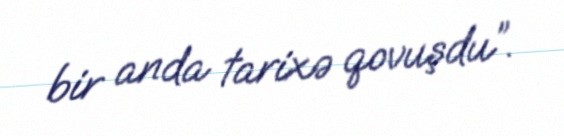
bir anda tarixə qovuşdu”.